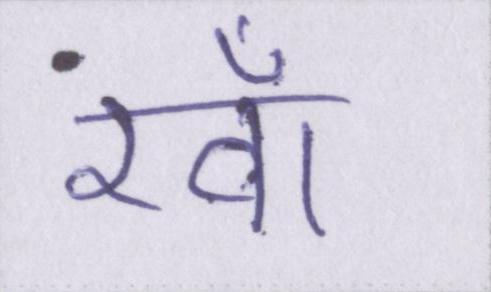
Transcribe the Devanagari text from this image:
रवाँ